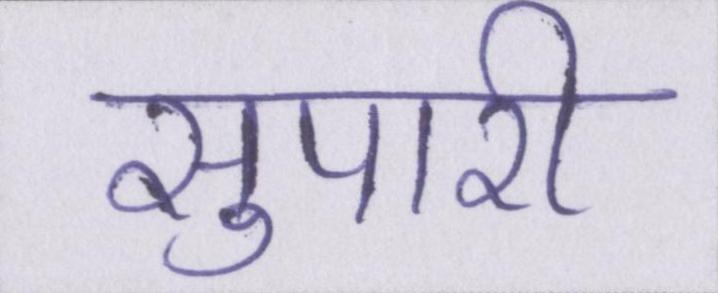
सुपारी